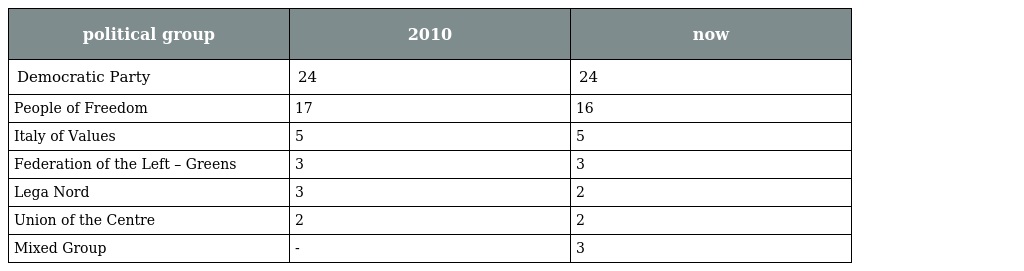
| political group | 2010 | now |
 | --- | --- | --- |
 | Democratic Party | 24 | 24 |
 | People of Freedom | 17 | 16 |
 | Italy of Values | 5 | 5 |
 | Federation of the Left – Greens | 3 | 3 |
 | Lega Nord | 3 | 2 |
 | Union of the Centre | 2 | 2 |
 | Mixed Group | - | 3 |